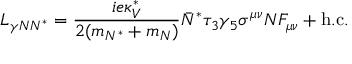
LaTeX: { \cal L } _ { \gamma N N ^ { * } } = { \frac { i e \kappa _ { V } ^ { * } } { 2 ( m _ { N ^ { * } } + m _ { N } ) } } \bar { N } ^ { * } \tau _ { 3 } \gamma _ { 5 } \sigma ^ { \mu \nu } N F _ { \mu \nu } + \mathrm { h . c . }